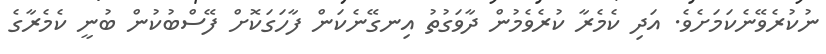
ނުކުރެވޭނެކަމަށެވެ. އަދި ކެމެރާ ކުރެވެމުން ދާވަގުތު އިނގޭނެކަން ފާހަގަކޮށް ފޭސްބުކުން ބުނީ ކެމެރާގެ